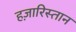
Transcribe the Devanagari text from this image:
हज़ारिस्तान